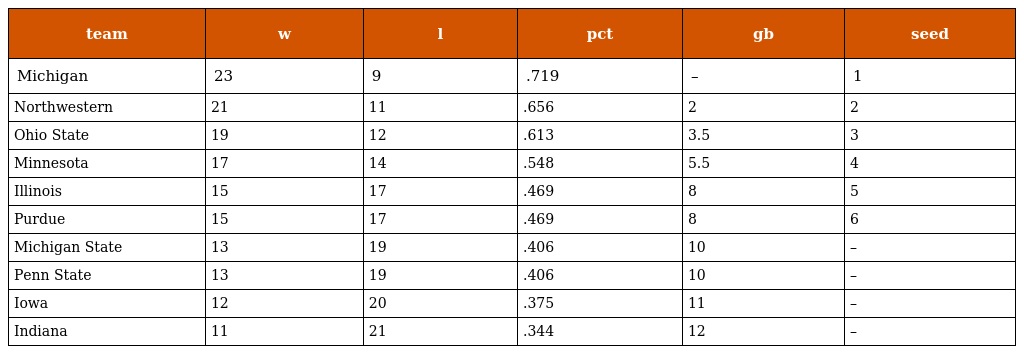
| team | w | l | pct | gb | seed |
 | --- | --- | --- | --- | --- | --- |
 | Michigan | 23 | 9 | .719 | – | 1 |
 | Northwestern | 21 | 11 | .656 | 2 | 2 |
 | Ohio State | 19 | 12 | .613 | 3.5 | 3 |
 | Minnesota | 17 | 14 | .548 | 5.5 | 4 |
 | Illinois | 15 | 17 | .469 | 8 | 5 |
 | Purdue | 15 | 17 | .469 | 8 | 6 |
 | Michigan State | 13 | 19 | .406 | 10 | – |
 | Penn State | 13 | 19 | .406 | 10 | – |
 | Iowa | 12 | 20 | .375 | 11 | – |
 | Indiana | 11 | 21 | .344 | 12 | – |